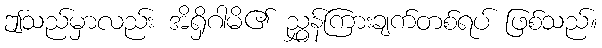
ဤသည်မှာလည်း အိရှိဂါမိ၏ ညွှန်ကြားချက်တစ်ရပ် ဖြစ်သည်။